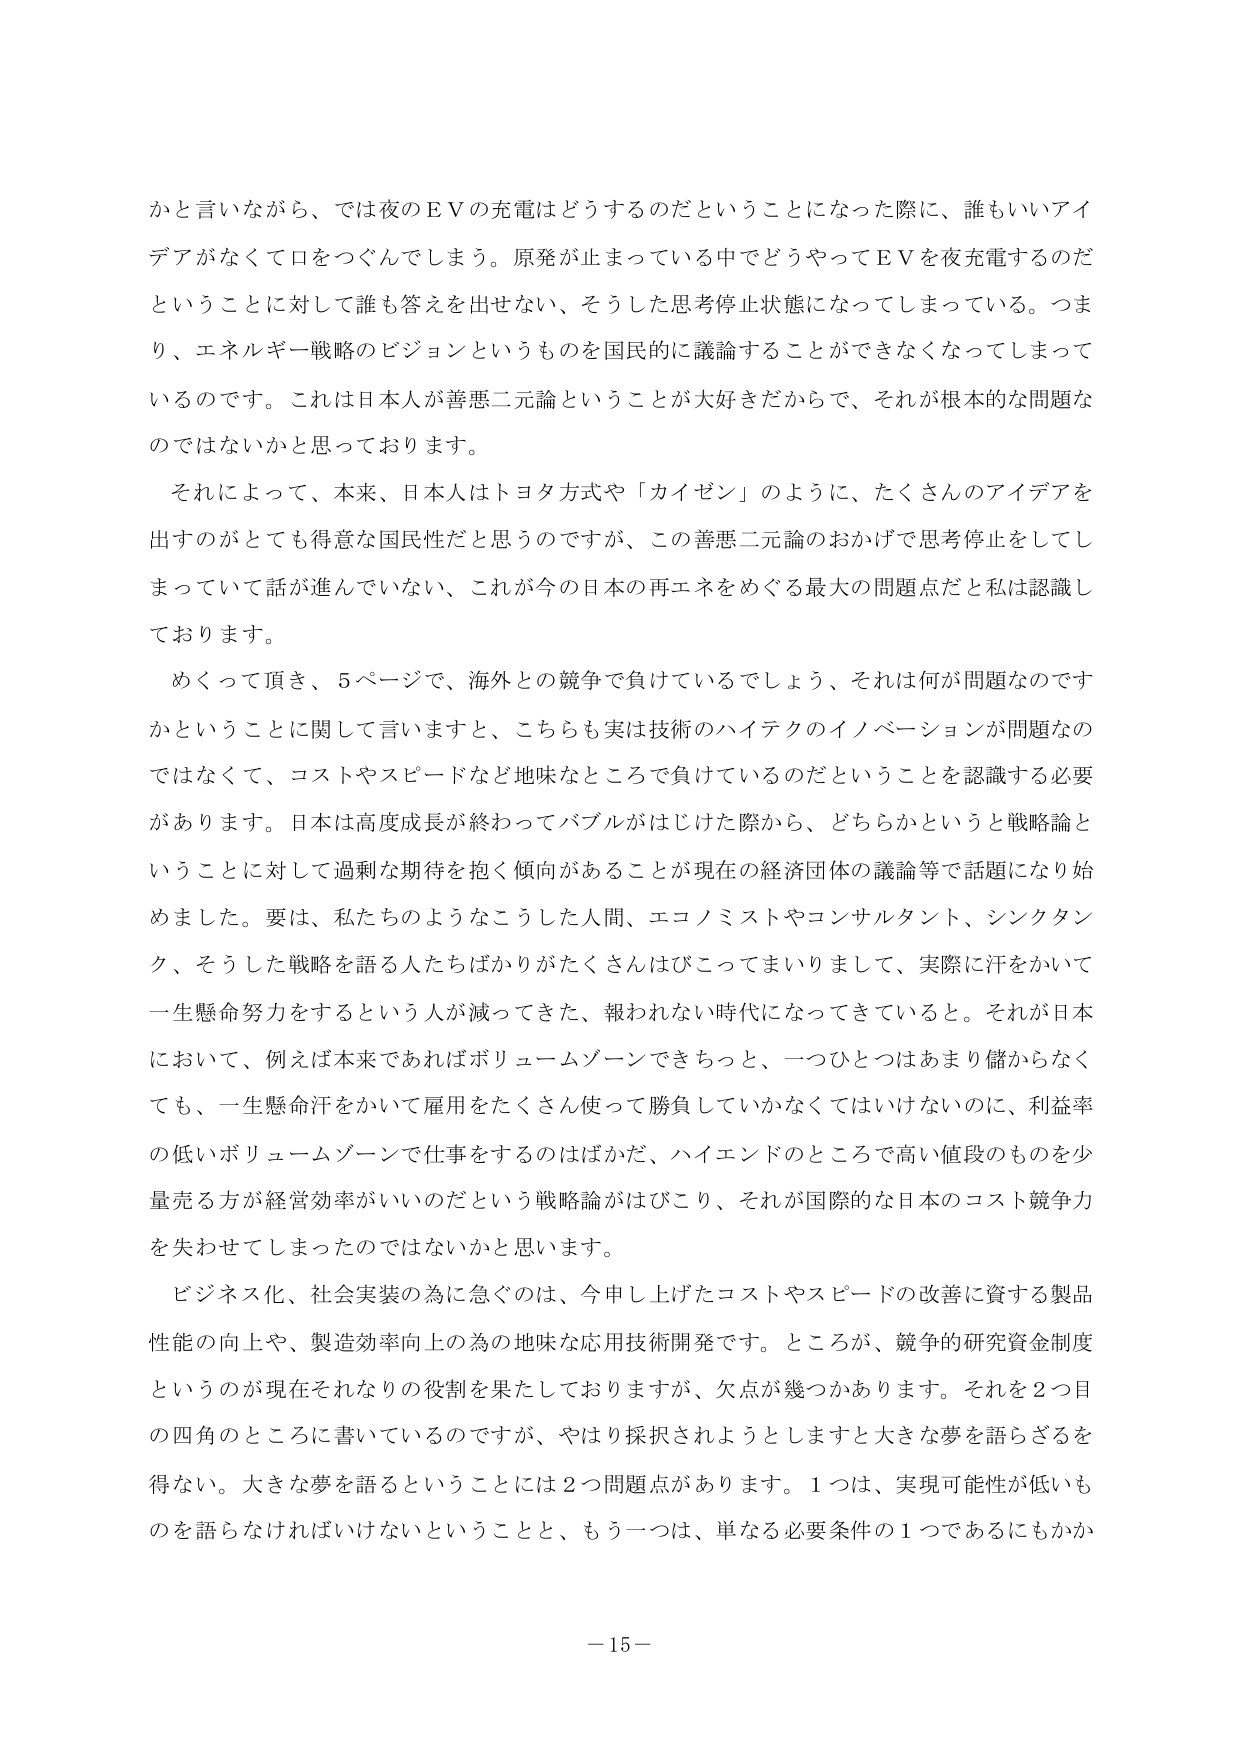
かと言いながら、では夜のＥＶの充電はどうするのだということになった際に、誰もいいアイデアがなくて口をつぐんでしまう。原発が止まっている中でどうやってＥＶを夜充電するのだということに対して誰も答えを出せない、そうした思考停止状態になってしまっている。つまり、エネルギー戦略のビジョンというものを国民的に議論することができなくなってしまっているのです。これは日本人が善悪二元論ということが大好きだからで、それが根本的な問題なのではないかと思っております。

それによって、本来、日本人はトヨタ方式や「カイゼン」のように、たくさんのアイデアを出すのがとても得意な国民性だと思うのですが、この善悪二元論のおかげで思考停止をしてしまっていて話が進んでいない、これが今の日本の再エネをめぐる最大の問題点だと私は認識しております。

めくって頂き、５ページで、海外との競争で負けているでしょう、それは何が問題なのですかということに関して言いますと、こちらも実は技術のハイテクのイノベーションが問題なのではなくて、コストやスピードなど地味なところで負けているのだということを認識する必要があります。日本は高度成長が終わってバブルがはじけた際から、どちらかというと戦略論ということに対して過剰な期待を抱く傾向があることが現在の経済団体の議論等で話題になり始めました。要は、私たちのようなこうした人間、エコノミストやコンサルタント、シンクタンク、そうした戦略を語る人たちばかりがたくさんはびこってまいりまして、実際に汗をかいて一生懸命努力をするという人が減ってきた、報われない時代になってきていると。それが日本において、例えば本来であればボリュームゾーンできちっと、一つひとつはあまり儲からなくても、一生懸命汗をかいて雇用をたくさん使って勝負していかなくてはいけないのに、利益率の低いボリュームゾーンで仕事をするのはばかだ、ハイエンドのところで高い値段のものを少量売る方が経営効率がいいのだという戦略論がはびこり、それが国際的な日本のコスト競争力を失わせてしまったのではないかと思います。

ビジネス化、社会実装の為に急ぐのは、今申し上げたコストやスピードの改善に資する製品性能の向上や、製造効率向上の為の地味な応用技術開発です。ところが、競争的研究資金制度というのが現在それなりの役割を果たしておりますが、欠点が幾つかあります。それを２つ目の四角のところに書いているのですが、やはり採択されようとしますと大きな夢を語らざるを得ない。大きな夢を語るということには２つ問題点があります。１つは、実現可能性が低いものを語らなければならないということと、もう一つは、単なる必要条件の１つであるにもかか

－15－